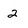
Character: 2